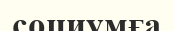
социумға